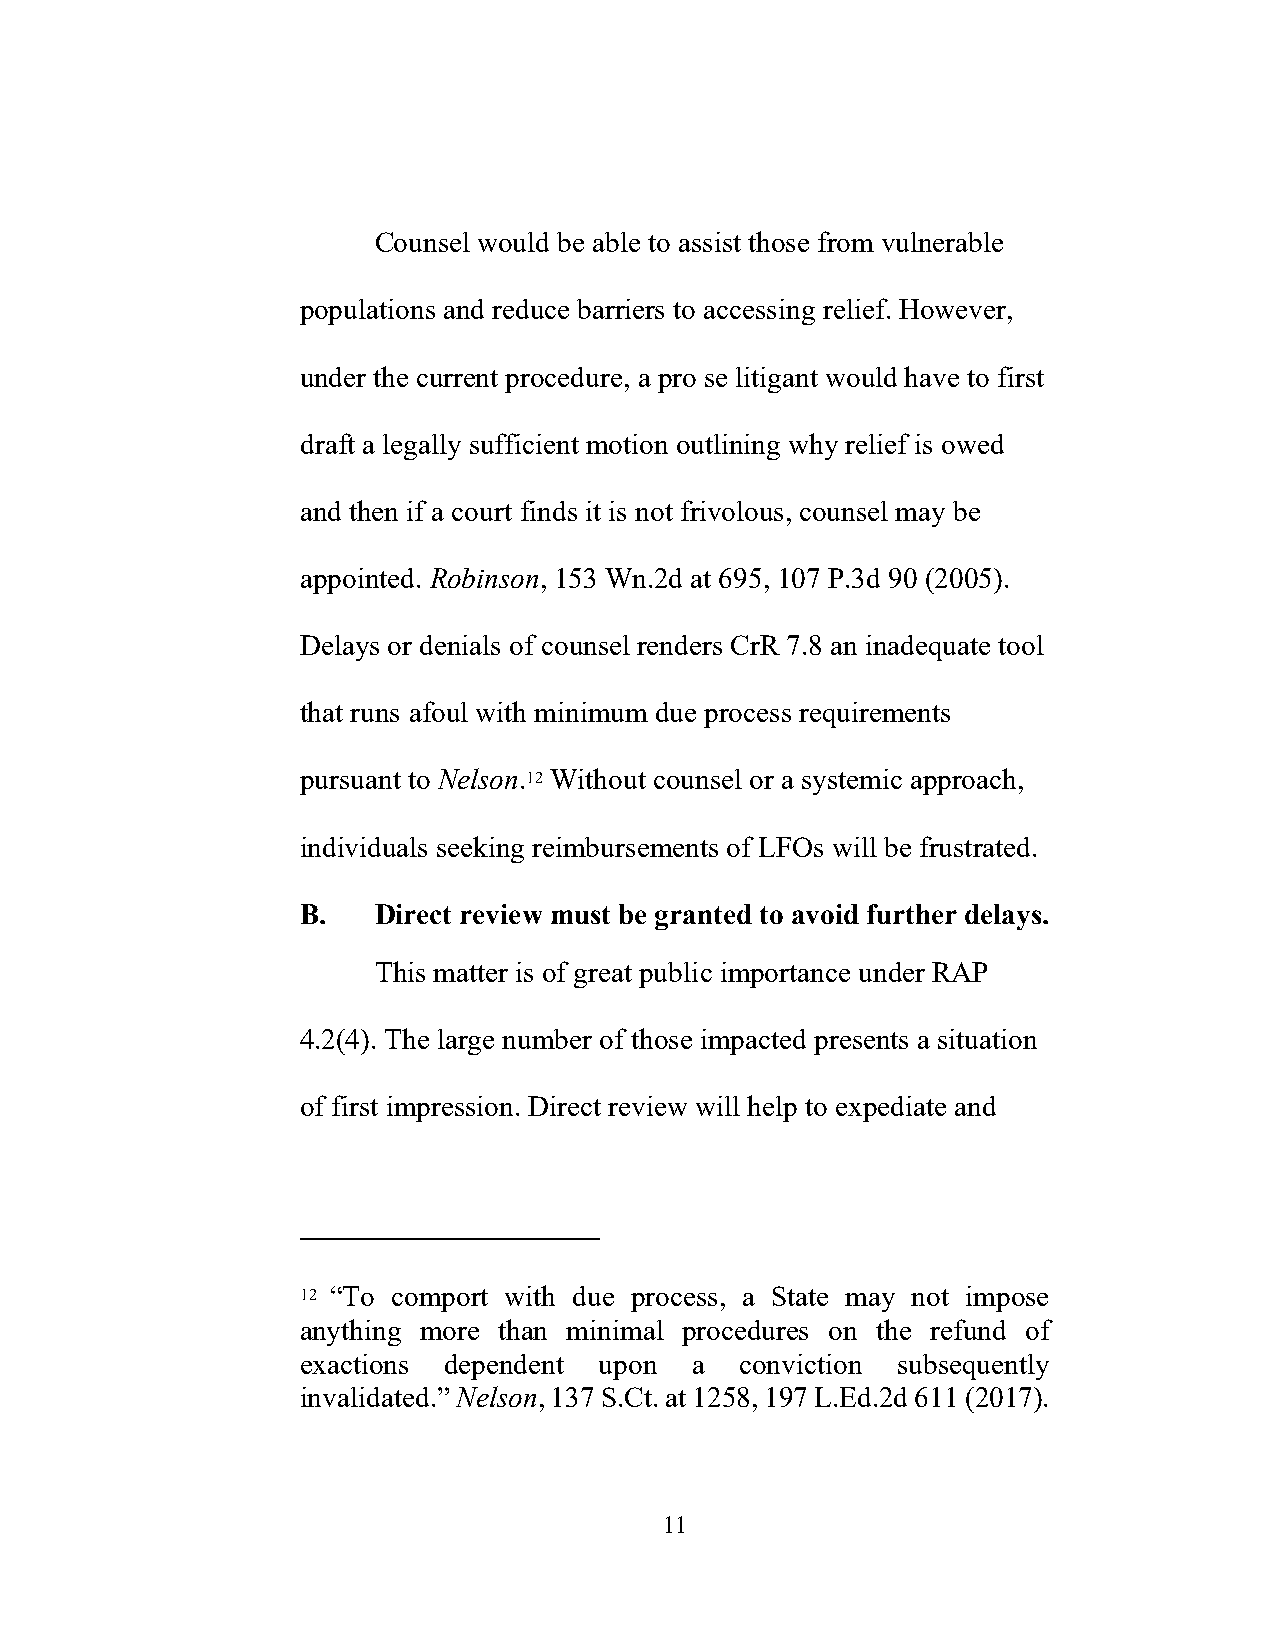
Counsel would be able to assist those from vulnerable
 populations and reduce barriers to accessing relief. However,
 under the current procedure, a pro se litigant would have to first
 draft a legally sufficient motion outlining why relief is owed
 and then if a court finds it is not frivolous, counsel may be
 appointed. Robinson, 153 Wn.2d at 695, 107 P.3d 90 (2005).
 Delays or denials of counsel renders CrR 7.8 an inadequate tool
 that runs afoul with minimum due process requirements
 pursuant to Nelson.12 Without counsel or a systemic approach,
 individuals seeking reimbursements of LFOs will be frustrated.
 B.   Direct review must be granted to avoid further delays.
 This matter is of great public importance under RAP
 4.2(4). The large number of those impacted presents a situation
 of first impression. Direct review will help to expediate and
 12 “To comport with due process, a State may not impose
 anything more than minimal procedures on the refund of
 exactions dependent upon  a  conviction subsequently
 invalidated.” Nelson, 137 S.Ct. at 1258, 197 L.Ed.2d 611 (2017).
 11